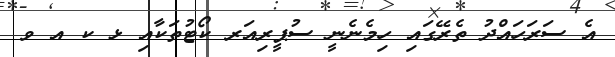
އެ ސަރަހައްދު ތެރޭގައި ހިމެނެނީ ސުޕީރިއަރ ކޯޓުތަކާއި ޅ ކ އ ވ